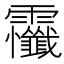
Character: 𲊔